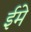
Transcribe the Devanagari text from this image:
ईमे